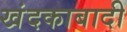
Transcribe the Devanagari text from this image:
खंदकाबादी